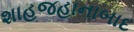
શાહજહાનાબાદ